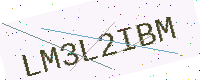
Text: LM3L2IBM